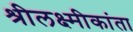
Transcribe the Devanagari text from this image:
श्रीलक्ष्मीकांता